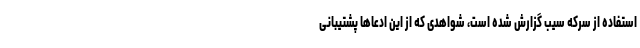
استفاده از سرکه سیب گزارش شده است، شواهدی که از این ادعاها پشتیبانی